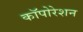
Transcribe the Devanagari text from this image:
कॉपोरेशन